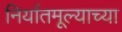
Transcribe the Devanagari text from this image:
निर्यातमूल्याच्या